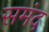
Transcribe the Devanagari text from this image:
समंद